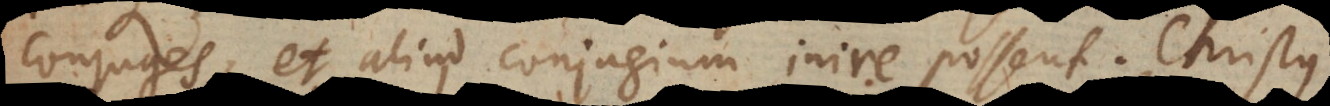
conjuges, et aliud conjugium inire possent. Christus